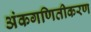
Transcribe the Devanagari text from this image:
अंकगणितीकरण